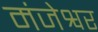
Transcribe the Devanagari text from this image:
मंजेश्वर